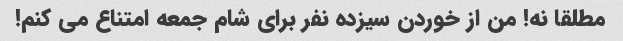
مطلقا نه! من از خوردن سیزده نفر برای شام جمعه امتناع می کنم!